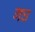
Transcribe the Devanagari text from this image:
गघ